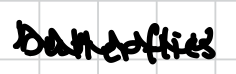
Text: butterflies
Cross-out: zig-zag
Writing tool: digital_black